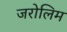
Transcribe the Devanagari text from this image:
जरोलिम